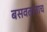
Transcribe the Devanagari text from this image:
बसवतानाच